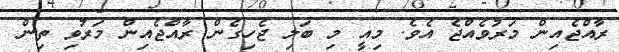
ރާއްޖެއިން މަރުވެއްޖެ އެވެ. މިއީ މި ބަލި ޖެހިގެން ރާއްޖެއިން މަރުވި ތިން